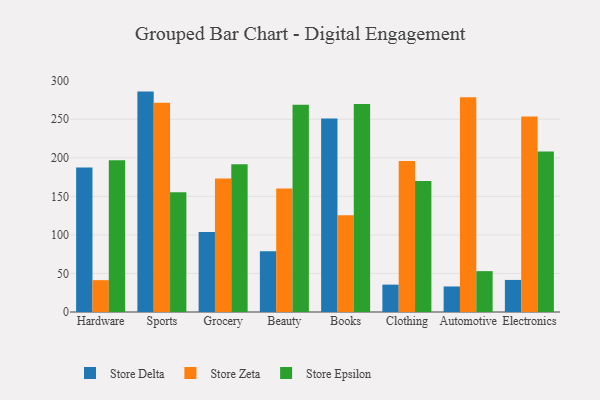
{"axis": {"x": "Category", "y": "Website Visitors"}, "legend": ["Store Delta", "Store Epsilon", "Store Zeta"], "data": [{"x": "Hardware", "y": 187.4, "type": "Store Delta"}, {"x": "Hardware", "y": 41.3, "type": "Store Zeta"}, {"x": "Hardware", "y": 196.8, "type": "Store Epsilon"}, {"x": "Sports", "y": 285.9, "type": "Store Delta"}, {"x": "Sports", "y": 271.3, "type": "Store Zeta"}, {"x": "Sports", "y": 155.4, "type": "Store Epsilon"}, {"x": "Grocery", "y": 103.7, "type": "Store Delta"}, {"x": "Grocery", "y": 173.2, "type": "Store Zeta"}, {"x": "Grocery", "y": 191.5, "type": "Store Epsilon"}, {"x": "Beauty", "y": 78.8, "type": "Store Delta"}, {"x": "Beauty", "y": 160.3, "type": "Store Zeta"}, {"x": "Beauty", "y": 269.0, "type": "Store Epsilon"}, {"x": "Books", "y": 251.0, "type": "Store Delta"}, {"x": "Books", "y": 125.6, "type": "Store Zeta"}, {"x": "Books", "y": 269.7, "type": "Store Epsilon"}, {"x": "Clothing", "y": 35.5, "type": "Store Delta"}, {"x": "Clothing", "y": 195.8, "type": "Store Zeta"}, {"x": "Clothing", "y": 169.9, "type": "Store Epsilon"}, {"x": "Automotive", "y": 33.1, "type": "Store Delta"}, {"x": "Automotive", "y": 278.6, "type": "Store Zeta"}, {"x": "Automotive", "y": 53.0, "type": "Store Epsilon"}, {"x": "Electronics", "y": 41.6, "type": "Store Delta"}, {"x": "Electronics", "y": 253.7, "type": "Store Zeta"}, {"x": "Electronics", "y": 208.2, "type": "Store Epsilon"}]}